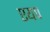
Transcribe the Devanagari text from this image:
एयप